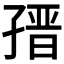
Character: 𡦌